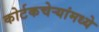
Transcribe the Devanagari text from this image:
कोर्टकचेर्‍यांमध्ये